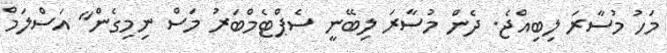
މަހު މުސާރަ ލިބިއްޖެ. ދެން މުސާރަ ލިބޭނީ ސެޕްޓެމްބަރު މަސް ނިމިގެން" އަސްލަމް